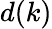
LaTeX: d(k)